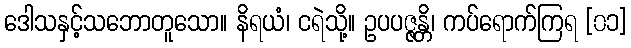
ဒေါသနှင့်သဘောတူသော။ နိရယံ၊ ငရဲသို့။ ဥပပဇ္ဇန္တိ၊ ကပ်ရောက်ကြရ [၀၁]